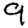
Digit: 9